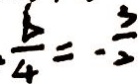
\frac { b } { 4 } = - \frac { 3 } { 2 }